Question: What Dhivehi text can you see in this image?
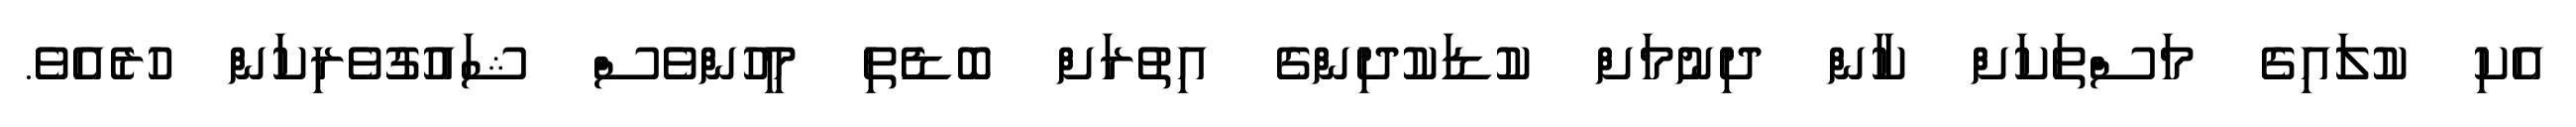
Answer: އެކި ކުލައިގެ މަސްތަކަށް ކާން ދިނުމަށް ކުޑަކުދިންގެ އިތުރަށް ބޮޑެތި މީހުންވެސް ޝައުގުވެރިކަން ހުރެއެވެ.